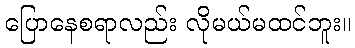
ပြောနေစရာလည်း လိုမယ်မထင်ဘူး။